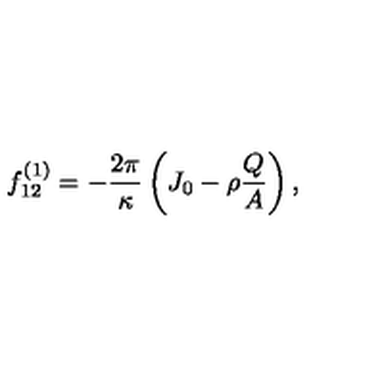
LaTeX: f _ { 1 2 } ^ { \left( 1 \right) } = - \frac { 2 \pi } { \kappa } \left( J _ { 0 } - \rho \frac { Q } { A } \right) ,